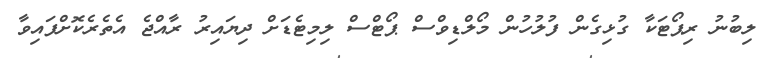
ލިބުނު ރިޕޯޓަކާ ގުޅިގެން ފުލުހުން މޯލްޑިވްސް ޕޯޓްސް ލިމިޓެޑަށް ދިޔައިރު ރާއްޖެ އެތެރެކޮށްފައިވާ